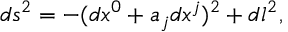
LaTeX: d s ^ { 2 } = - ( d x ^ { 0 } + a _ { j } d x ^ { j } ) ^ { 2 } + d l ^ { 2 } ,